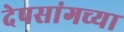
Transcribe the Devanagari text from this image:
देपसांगच्या